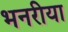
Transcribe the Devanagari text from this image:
भनरीया